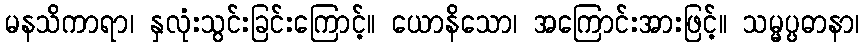
မနသိကာရာ၊ နှလုံးသွင်းခြင်းကြောင့်။ ယောနိသော၊ အကြောင်းအားဖြင့်။ သမ္မပ္ပဓာနာ၊